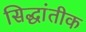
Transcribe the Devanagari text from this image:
सिद्धांतीक